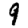
Digit: 9